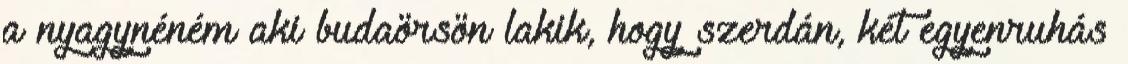
a nyagynéném aki budaörsön lakik, hogy szerdán, két egyenruhás